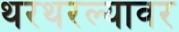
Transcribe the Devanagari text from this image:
थरथरल्यावर